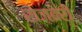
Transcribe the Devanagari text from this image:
रोज़बेरी